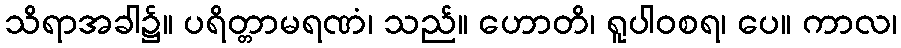
သိရာအခါ၌။ ပရိတ္တာမရဏံ၊ သည်။ ဟောတိ၊ ရူပါဝစရ၊ ပေ။ ကာလ၊